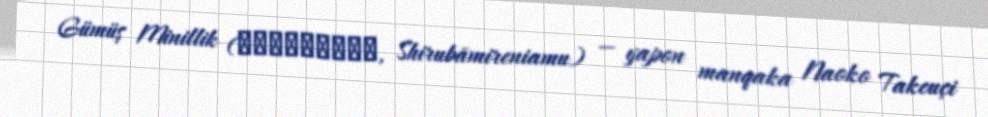
Gümüş Minillik (シルバーミレニアム, Shirubāmireniamu) — yapon manqaka Naoko Takeuçi